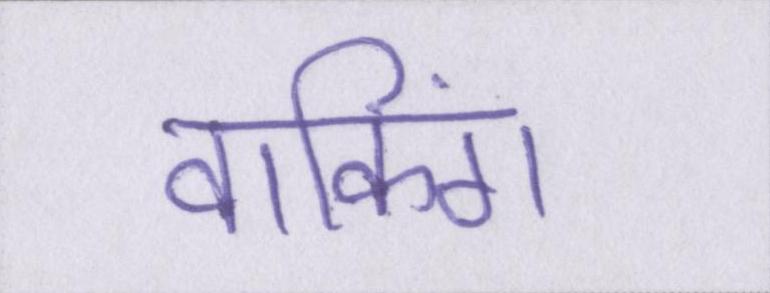
वाकिंग